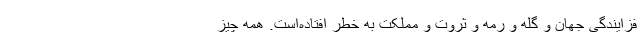
فزایندگی جهان و گله و رمه و ثروت و مملکت به خطر افتاده‌است. همه چیز